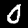
Digit: 0